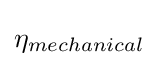
\eta _{mechanical}